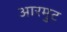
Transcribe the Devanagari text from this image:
आरमुट